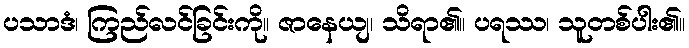
ပသာဒံ၊ ကြည်လင်ခြင်းကို။ ဇာနေယျ၊ သိရာ၏။ ပရဿ၊ သူတစ်ပါး၏။